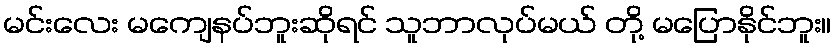
မင်းလေး မကျေနပ်ဘူးဆိုရင် သူဘာလုပ်မယ် တို့ မပြောနိုင်ဘူး။